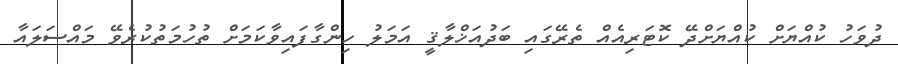
ދުވަހު ކުއްޔަށް ކުއްޔަށްދޭ ކޮޓަރިއެއް ތެރޭގައި ބަދުއަޚްލާޤީ އަމަލު ހިންގާފައިވާކަމަށް ތުހުމަތުކުރެވޭ މައްސަލައާ